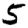
Digit: 5